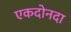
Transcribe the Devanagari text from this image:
एकदोनदा